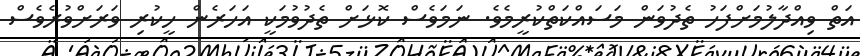
އަތް ވިއްދާލުމަށްފަހު ތެދުވަން މަސައްކަތްކުރީމެވެ. ނަމަވެސް ކޮޅަށް ތެދުވުމަކީ އަހަރެން ހީކުރި ވަރަށްވުރެވެސް